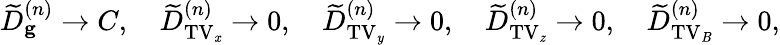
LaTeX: \widetilde{D}_{\mathbf{g}}^{(n)}\rightarrow C,\, \, \, \, \, \, \widetilde{D}_{\mathrm{TV_{\mathit x}}}^{(n)}\rightarrow 0,\, \, \, \, \, \, \widetilde{D}_{\mathrm{TV_{\mathit y}}}^{(n)}\rightarrow 0,\, \, \, \, \, \, \widetilde{D}_{\mathrm{TV_{\mathit z}}}^{(n)}\rightarrow 0,\, \, \, \, \, \, \widetilde{D}_{\mathrm{TV_{\mathit B}}}^{(n)}\rightarrow 0,